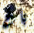
باغ